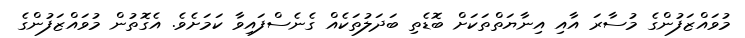
މުވައްޒަފުންގެ މުސާރަ އާއި އިނާޔަތްތަަކަށް ބޮޑެތި ބަދަލުތަކެއް ގެނެސްފައިވާ ކަމަށެވެ. އެގޮތުން މުވައްޒަފުންގެ